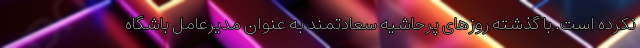
نکرده است. با گذشته روزهای پرحاشیه سعادتمند به عنوان مدیرعامل باشگاه